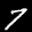
Label: 7